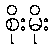
စိုးမိုး